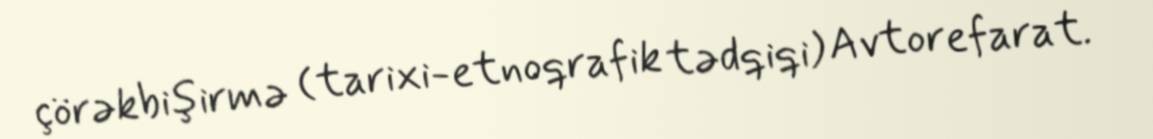
çörəkbişirmə (tarixi-etnoqrafik tədqiqi) Avtorefarat.